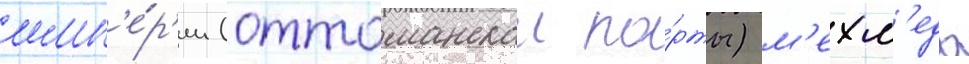
имп'е́р'ии (оттоманскои по́рты) м'ехм'еда